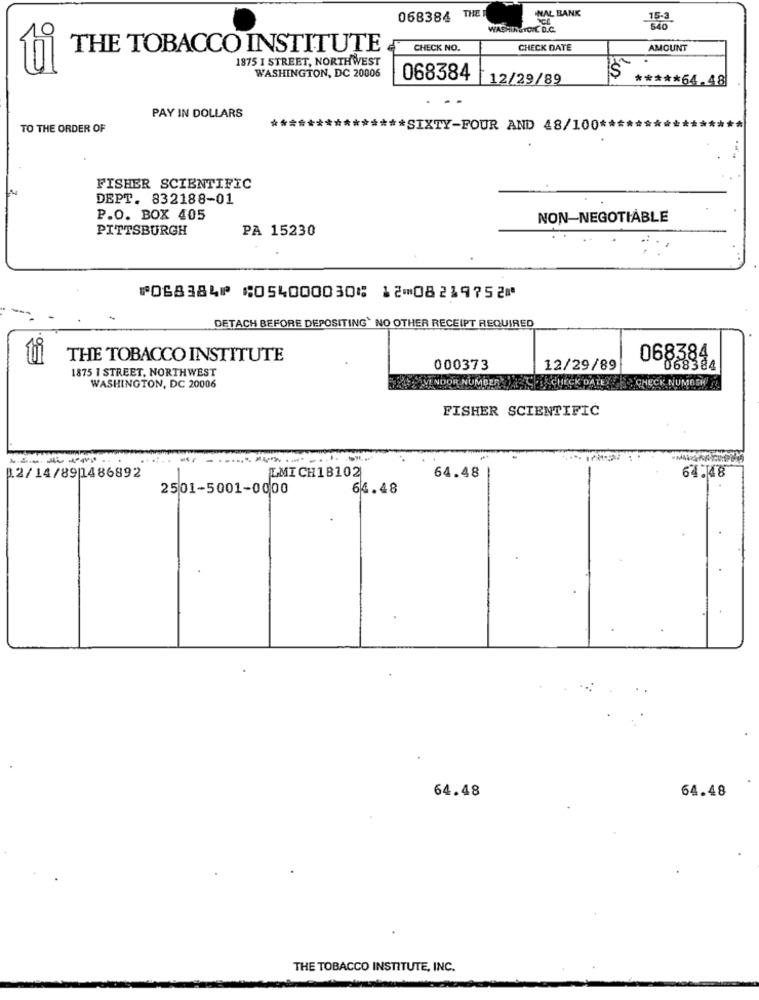
NAL BANK
068384 THET
15:3
WASHINGTONC D.C.
THE TOBACCO INSTITUTE
CHECK NO.
CHECK DATE
AMOUNT
1875 I STREET, NORTHWEST
WASHINGTON, DC 20006
068384
12/29/89
***** 64.48
PAY IN DOLLARS
*****
TO THE ORDER OF
***** SIXTY-FOUR AND 48/100 *******
FISHER SCIENTIFIC
DEPT. 832188-01
P.O. BOX 405
NON-NEGOTIABLE
PITTSBURGH
PA 15230
⑈068384⑈ ⑆054000030⑆ 12⑉08219752⑈
DETACH BEFORE DEPOSITING` NO OTHER RECEIPT REQUIRED
THE TOBACCO INSTITUTE
068384
1875 1 STREET, NORTHWEST
000373
12/29/89
068384
ENDOR NUMBER
K NUMBER 2
WASHINGTON, DC 20006
FISHER SCIENTIFIC
64.48
1.2/14/89|1486892
LMICH18102
64.48
2501-5001-0000
64.48
64.48
64.48
THE TOBACCO INSTITUTE, INC.